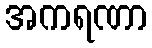
အကရဏာ